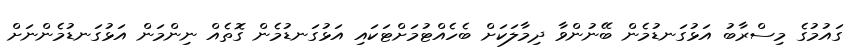
ގައުމުގެ މިސްރާބު އަޅުގަނޑުމެން ބޭނުންވާ ދިމާލަކަށް ބެހެއްޓުމަށްޓަކައި އަޅުގަނޑުމެން ގޮތެއް ނިންމަން އަޅުގަނޑުމެންނަށް